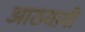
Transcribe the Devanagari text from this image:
आठवावी